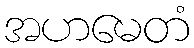
အဟမေတံ